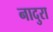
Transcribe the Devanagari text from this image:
नादुरा